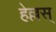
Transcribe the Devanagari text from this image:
हेल्लस्